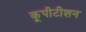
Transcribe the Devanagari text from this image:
कूपीटीशन